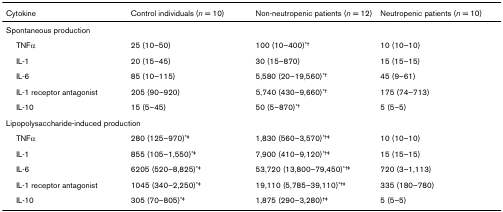
<table><thead><tr><td><b>Cytokine</b></td><td><b>Control individuals (<i>n </i>= 10)</b></td><td><b>Non-neutropenic patients (<i>n </i>= 12)</b></td><td><b>Neutropenic patients (<i>n </i>= 10)</b></td></tr></thead><tbody><tr><td colspan="4">Spontaneous production</td></tr><tr><td> TNFα</td><td>25 (10–50)</td><td>100 (10–400)<sup>*†</sup></td><td>10 (10–10)</td></tr><tr><td> IL-1</td><td>20 (15–45)</td><td>30 (15–870)</td><td>15 (15–15)</td></tr><tr><td> IL-6</td><td>85 (10–115)</td><td>5,580 (20–19,560)<sup>*†</sup></td><td>45 (9–61)</td></tr><tr><td> IL-1 receptor antagonist</td><td>205 (90–920)</td><td>5,740 (430–9,660)<sup>*†</sup></td><td>175 (74–713)</td></tr><tr><td> IL-10</td><td>15 (5–45)</td><td>50 (5–870)<sup>*†</sup></td><td>5 (5–5)</td></tr><tr><td colspan="4">Lipopolysaccharide-induced production</td></tr><tr><td> TNFα</td><td>280 (125–970)<sup>*‡</sup></td><td>1,830 (560–3,570)<sup>*†‡</sup></td><td>10 (10–10)</td></tr><tr><td> IL-1</td><td>855 (105–1,550)<sup>*‡</sup></td><td>7,900 (410–9,120)<sup>*†‡</sup></td><td>15 (15–15)</td></tr><tr><td> IL-6</td><td>6205 (520–8,825)<sup>*‡</sup></td><td>53,720 (13,800–79,450)<sup>*†‡</sup></td><td>720 (3–1,113)</td></tr><tr><td> IL-1 receptor antagonist</td><td>1045 (340–2,250)<sup>*‡</sup></td><td>19,110 (5,785–39,110)<sup>*†‡</sup></td><td>335 (180–780)</td></tr><tr><td> IL-10</td><td>305 (70–805)<sup>*‡</sup></td><td>1,875 (290–3,280)<sup>†‡</sup></td><td>5 (5–5)</td></tr></tbody></table>